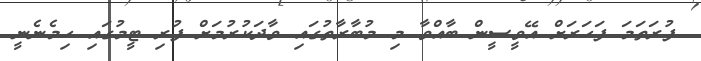
ފުރަތަމަ ފަަހަރަށް އޭވީސީން ބާއްވާ މި މުބާރާތުގައި ވާދަކުރުމަށް ފުރި ޓީމުގައި ހިމެނެނީ